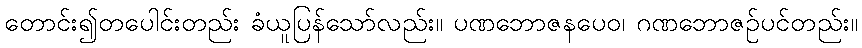
တောင်း၍တပေါင်းတည်း ခံယူပြန်သော်လည်း။ ပဏဘောဇနပေဝ၊ ဂဏဘောဇဉ်ပင်တည်း။